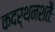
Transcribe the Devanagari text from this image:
कदर्थनशतैः